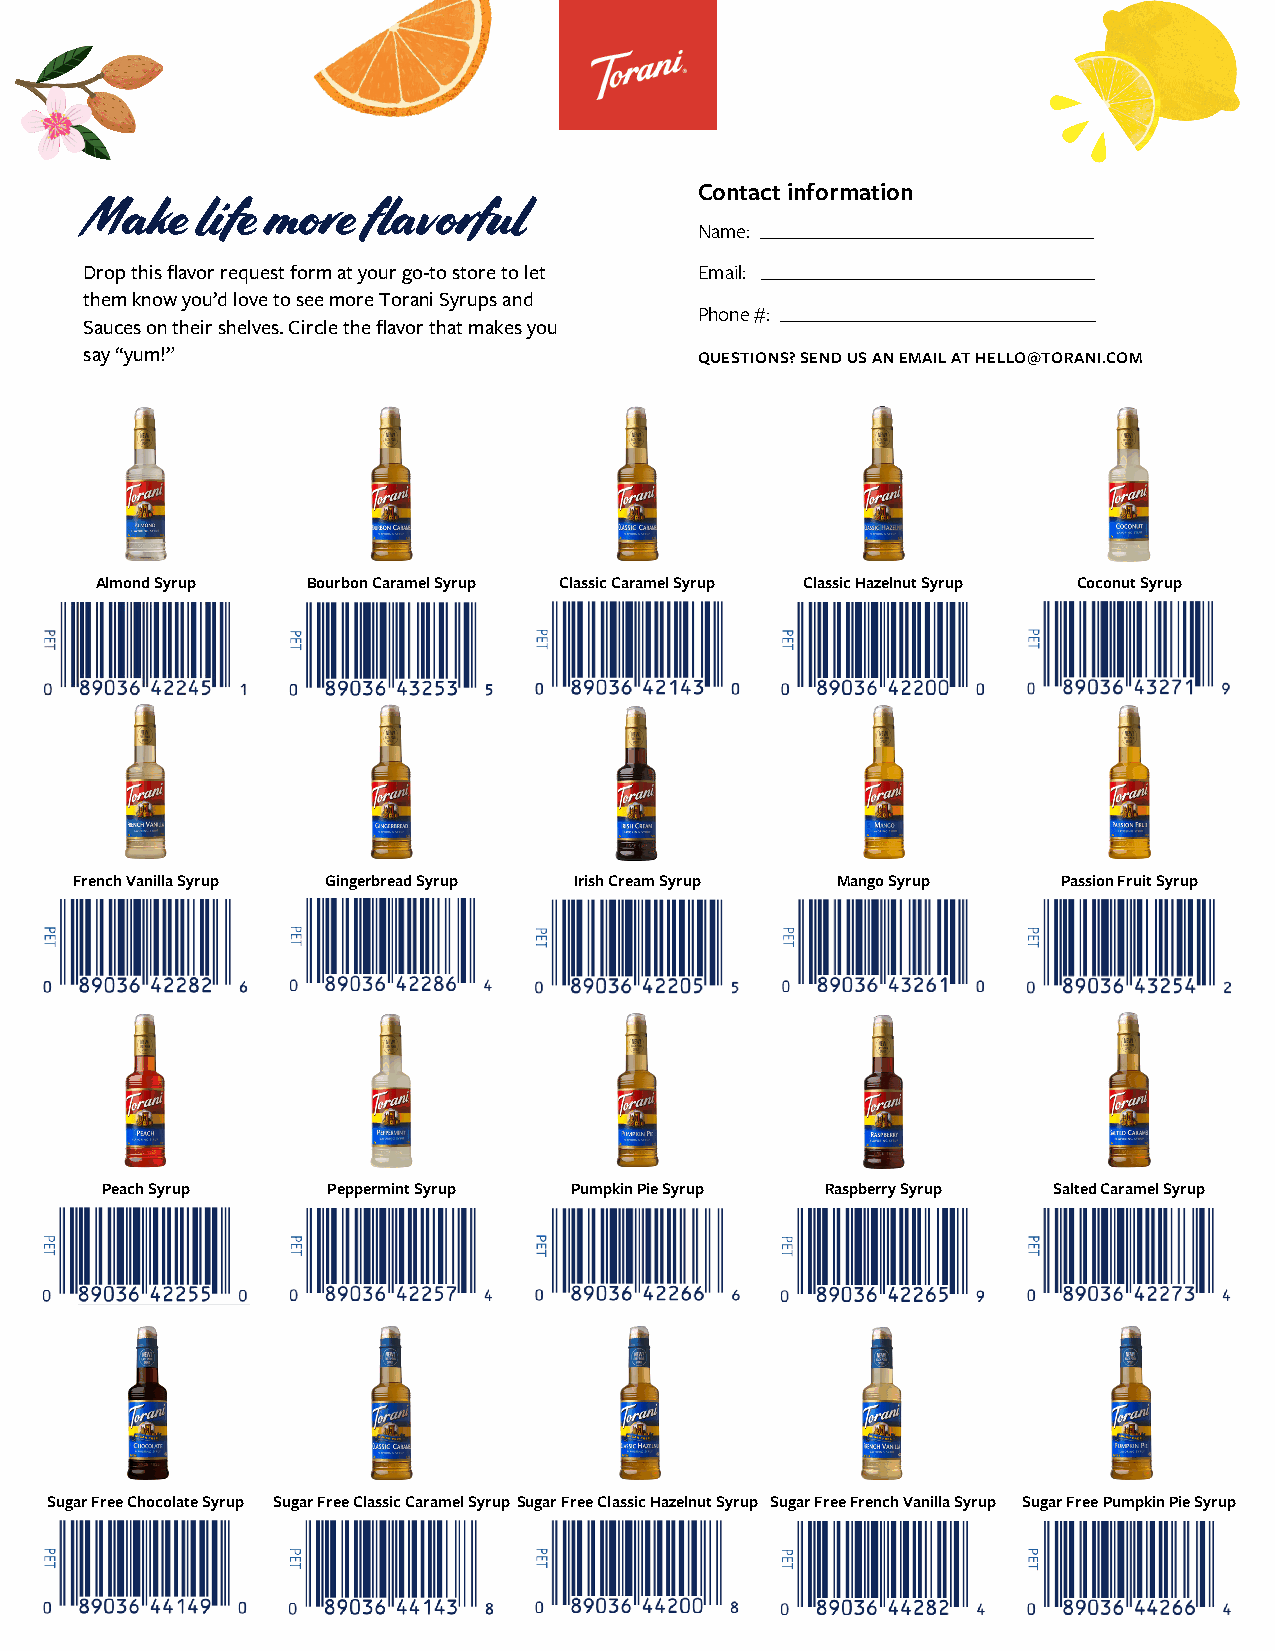
Contact information
 Make   life more  flavorful
 Name: ____________________________________
 Drop this flavor request form at your go-to store to let Email: ____________________________________
 them know you’d love to see more Torani Syrups and
 Phone #: __________________________________
 Sauces on their shelves. Circle the flavor that makes you
 say “yum!”                              QUESTIONS? SEND US AN EMAIL AT HELLO@TORANI.COM
 Almond Syrup  Bourbon Caramel Syrup Classic Caramel Syrup Classic Hazelnut Syrup Coconut Syrup
 French Vanilla Syrup Gingerbread Syrup Irish Cream Syrup Mango Syrup Passion Fruit Syrup
 Peach Syrup    Peppermint Syrup Pumpkin Pie Syrup Raspberry Syrup Salted Caramel Syrup
 Sugar Free Chocolate Syrup Sugar Free Classic Caramel Syrup Sugar Free Classic Hazelnut Syrup Sugar Free French Vanilla Syrup Sugar Free Pumpkin Pie Syrup